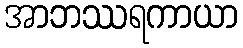
အာဘဿရကာယာ